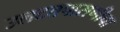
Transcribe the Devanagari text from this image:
उलटतपासणीचा